Report on horse surra - Volume II, Part II
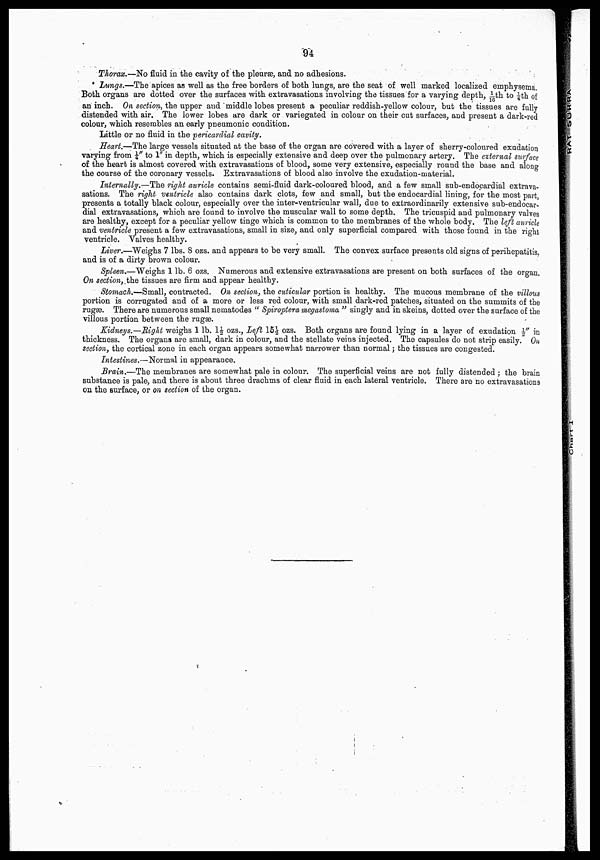
94
Thorax.—No fluid in the cavity of the pleuræ, and no adhesions.
Lungs.—The apices as well as the free borders of both lungs, are the seat of well marked localized emphysema.
Both organs are dotted over the surfaces with extravasations involving the tissues for a varying depth, 1/16th to ¼th of
an inch. On section, the upper and middle lobes present a peculiar reddish-yellow colour, but the tissues are fully
distended with air. The lower lobes are dark or variegated in colour on their cut surfaces, and present a dark-red
colour, which resembles an early pneumonic condition.
Little or no fluid in the pericardial cavity.
Heart.—The large vessels situated at the base of the organ are covered with a layer of sherry-coloured exudation
varying from ¼" to 1" in depth, which is especially extensive and deep over the pulmonary artery. The external surfac
of the heart is almost covered with extravasations of blood, some very extensive, especially round the base and along
the course of the coronary vessels. Extravasations of blood also involve the exudation-material.
Internally.—The right auricle contains semi-fluid dark-coloured blood, and a few small sub-endocardial ext rava¬
sations. The right ventricle also contains dark clots, few and small, but the endocardial lining, for the most part,
presents a totally black colour, especially over the inter-ventricular wall, due to extraordinarily extensive sub-endocar¬
dial extravasations, which are found to involve the muscular wall to some depth. The tricuspid and pulmonary val ves
are healthy, except for a peculiar yellow tinge which is common to the membranes of the whole body. The left auricle
and ventricle present a few extravasations, small in size, and only superficial compared with those found in the right
ventricle. Valves healthy.
Liver.—Weighs 7 lbs. 8 ozs. and appears to be very small. The convex surface presents old signs of perihepatitis
and is of a dirty brown colour.
Spleen.—Weighs 1 lb. 6 ozs. Numerous and extensive extravasations are present on both surfaces of the organ.
On section, the tissues are firm and appear healthy.
Stomach.—Small, contracted. On section, the cuticular portion is healthy. The mucous membrane of the
portion is corrugated and of a more or less red colour, with small dark-red patches, situated on the summits of the
rugæ. There are numerous small nematodes " Spiroptera megastoma " singly and in skeins, dotted over the surface o
villous portion between the rugæ.
Kidneys.—Right
weighs 1 lb. 1½ ozs., Left 15½ ozs. Both organs are found lying in a layer of exudation ½
thickness. The organs are small, dark in colour, and the stellate veins injected. The capsules do not strip easily. On
section, the cortical zone in each organ appears somewhat narrower than normal; the tissues are congested.
Intestines.—Normal in appearance.
Brain.—The membranes are somewhat pale in colour. The superficial veins are not fully distended ; the brain
substance is pale, and there is about three drachms of clear fluid in each lateral ventricle. There are no extravasations
on the surface, or on section of the organ.